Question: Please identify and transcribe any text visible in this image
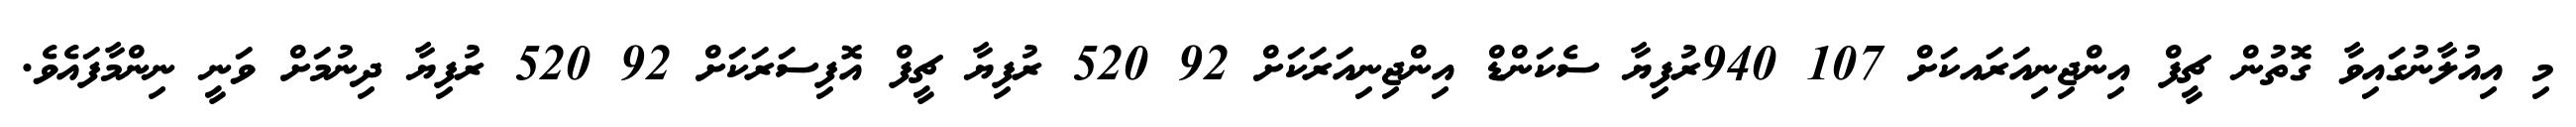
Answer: މި އިއުލާނުގައިވާ ގޮތުން ޗީފް އިންޖިނިއަރައކަށް 107 940ރުފިޔާ ސެކަންޑް އިންޖިނިއަރަކަށް 92 520 ރުފިޔާ ޗީފް އޮފިސަރަކަށް 92 520 ރުފިޔާ ދިނުމަށް ވަނީ ނިންމާފައެވެ.